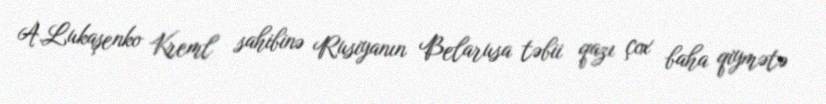
A.Lukaşenko Kreml sahibinə Rusiyanın Belarusa təbii qazı çox baha qiymətə